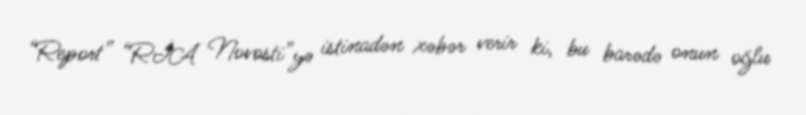
“Report” “RİA Novosti”yə istinadən xəbər verir ki, bu barədə onun oğlu